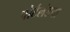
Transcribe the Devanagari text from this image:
पोर्टलंडचा